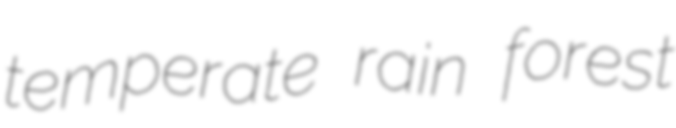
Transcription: temperate rain forest